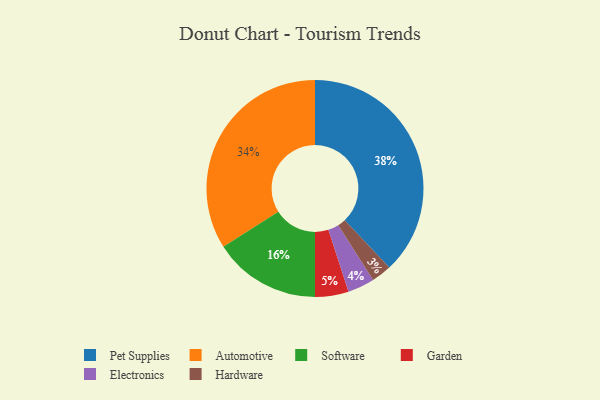
{"axis": {"x": "Category", "y": "Percentage"}, "legend": ["Automotive", "Electronics", "Garden", "Hardware", "Pet Supplies", "Software"], "data": [{"x": "Automotive", "y": 34, "type": "Automotive"}, {"x": "Software", "y": 16, "type": "Software"}, {"x": "Garden", "y": 5, "type": "Garden"}, {"x": "Hardware", "y": 3, "type": "Hardware"}, {"x": "Pet Supplies", "y": 38, "type": "Pet Supplies"}, {"x": "Electronics", "y": 4, "type": "Electronics"}]}